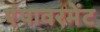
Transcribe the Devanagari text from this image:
एंपावरमेंट